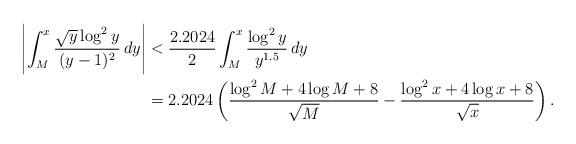
LaTeX: \begin{align*} \left| \int_{M}^x \frac{\sqrt{y}\log^2 y}{(y-1)^2} \,dy\right| &< \frac{2.2024}{2}\int_{M}^x \frac{\log^2 y}{y^{1.5}} \,dy \\ &=2.2024\left(\frac{\log^2 M+4\log M+8}{\sqrt{M}}-\frac{\log^2 x+4\log x+8}{\sqrt{x}}\right).\end{align*}